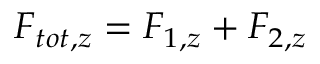
F _ { t o t , z } = F _ { 1 , z } + F _ { 2 , z }